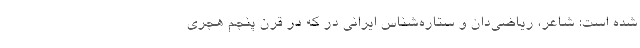
شده است: شاعر، ریاضی‌دان و ستاره‌شناس ایرانی در که در قرن پنجم هجری